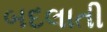
બદલાતી